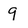
Character: 9